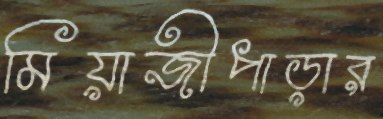
মিয়াজীপাড়ার